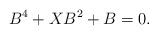
LaTeX: \begin{align*} B^4 + XB^2 + B = 0.\end{align*}